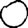
Digit: 0